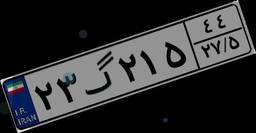
۳۸گ۷۸۵۸۱